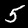
Label: 5